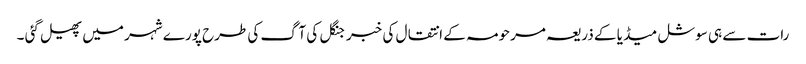
رات سے ہی سوشل میڈ یا کے ذریعہ مرحومہ کے انتقال کی خبر جنگل کی آگ کی طرح پورے شہر میں پھیل گئی ۔